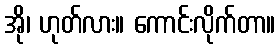
အို၊ ဟုတ်လား။ ကောင်းလိုက်တာ။